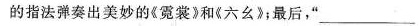
的指法弹奏出美妙的《霓裳》和《六幺》；最后，”\underline